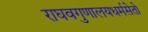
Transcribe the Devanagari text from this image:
राघवगुणालयधर्मसेतो